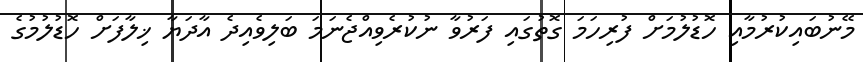
މޭނުބައިކުރުމާއި ހޮޑުލުމަށް ފުރިހަމަ ގޮތުގައި ފަރުވާ ނުކުރެވިއްޖެނަމަ ބަލިވެއިދެ އާދަޔާ ޚިލާފަށް ހޮޑުލުމުގެ